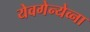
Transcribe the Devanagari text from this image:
येवगेन्येव्ना